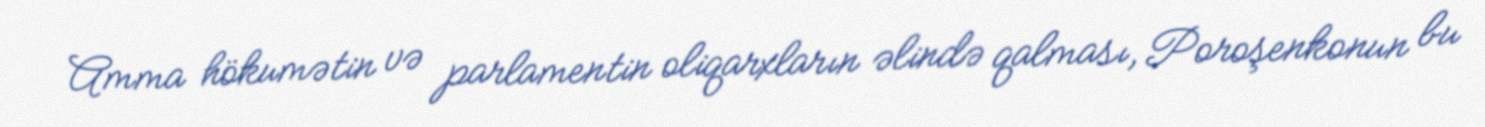
Amma hökumətin və parlamentin oliqarxların əlində qalması, Poroşenkonun bu